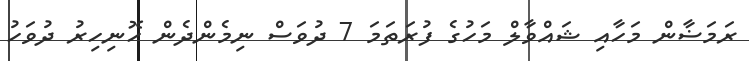
ރަމަޟާން މަހާއި ޝައްވާލް މަހުގެ ފުރަތަމަ 7 ދުވަސް ނިމެންދެން ހޮނިހިރު ދުވަހު